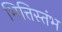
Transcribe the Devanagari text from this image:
भित्तिस्तंभ